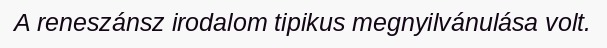
A reneszánsz irodalom tipikus megnyilvánulása volt.